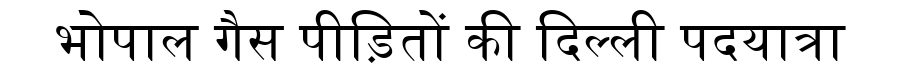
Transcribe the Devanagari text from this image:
भोपाल गैस पीड़ितों की दिल्ली पदयात्रा